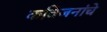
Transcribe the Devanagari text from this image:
कविजनांचे